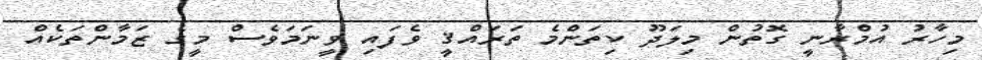
މިހާރު އުމްރާނީ ގޮތުން މިލަދޫ ކިތަންމެ ތަރައްޤީ ވެފައި ވީނަމަވެސް މީގެ ޒަމާންތަކެއް